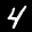
Label: 4